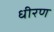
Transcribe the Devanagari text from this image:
धीरण